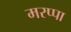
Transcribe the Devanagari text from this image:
मरप्पा